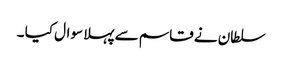
سلطان نے قاسم سے پہلا سوال کیا ۔